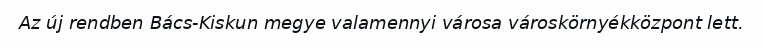
Az új rendben Bács-Kiskun megye valamennyi városa városkörnyékközpont lett.